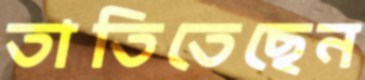
তাতিতেছেন